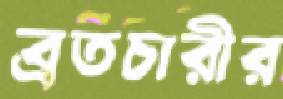
ব্রতচারীর